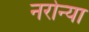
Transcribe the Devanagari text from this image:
नरोन्या